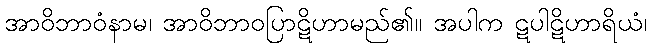
အာဝိဘာဝံနာမ၊ အာဝိဘာဝပြာဋိဟာမည်၏။ အပါက ဋပါဋိဟာရိယံ၊